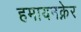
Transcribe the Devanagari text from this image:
हमायनक्नेर